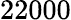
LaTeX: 22000